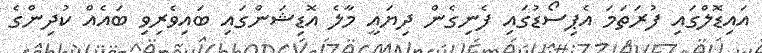
އައިޑޮލްގައި ފުރަތަމަ އެޕިސޯޑުގައި ފެނިގެން ދިޔައީ މާލެ އޮޑިޝަންގައި ބައިވެރިވި ބައެއް ކުދިންގެ